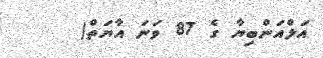
އަލްއަންބިޔާ ގެ 87 ވަނަ އާޔަތް(